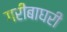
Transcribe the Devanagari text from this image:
गरीबाघरी